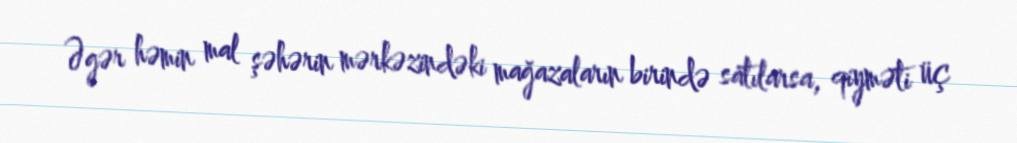
Əgər həmin mal şəhərin mərkəzindəki mağazaların birində satılarsa, qiyməti üç